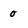
Character: 0